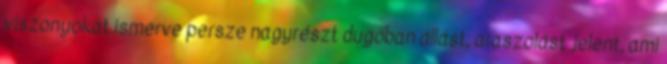
viszonyokat ismerve persze nagyrészt dugóban állást, araszolást jelent, ami